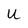
Character: U